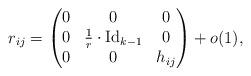
LaTeX: \begin{align*}r_{ij}=\begin{pmatrix}0 & 0 & 0 \\0 & \frac{1}{r}\cdot\mathrm{Id}_{k-1} & 0 \\0 & 0 & h_{ij}\end{pmatrix}+o(1),\end{align*}